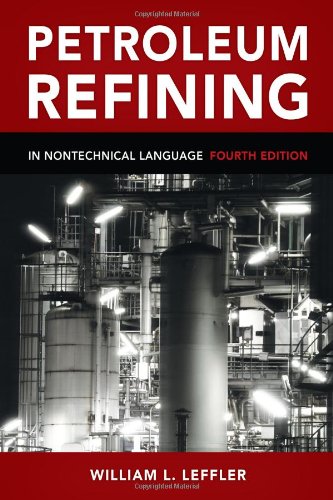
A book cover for Petroleum Refining in Nontechnical Language, Fourth Edition; William Leffler; Engineering & Transportation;